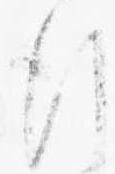
行